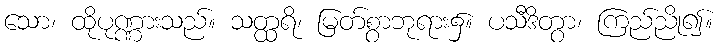
သော၊ ထိုပုဏ္ဏားသည်။ သတ္ထရိ၊ မြတ်စွာဘုရား၌။ ပသီဒိတွာ၊ ကြည်ညို၍။